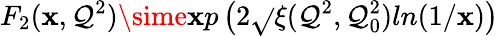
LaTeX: F_{2}(\mathbf{x},\mathcal{Q}^{2})\sime\mathbf{x}p\left(2\sqrt{}{{\xi(\mathcal{Q}^{2},\mathcal{Q}_{0}^{2})ln(1/\mathbf{x})}}\right)